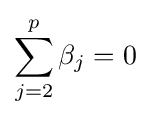
\sum _{j=2}^{p}\beta _{j}=0